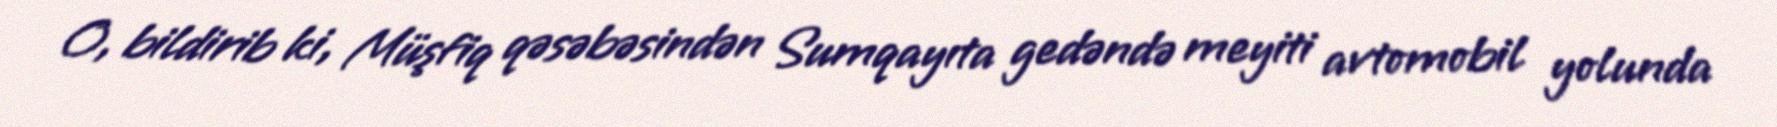
O, bildirib ki, Müşfiq qəsəbəsindən Sumqayıta gedəndə meyiti avtomobil yolunda